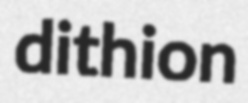
dithion